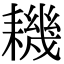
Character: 耭